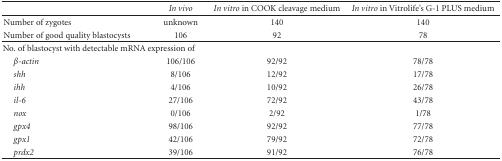
<table><thead><tr><td></td><td><b><i>In vivo</i></b></td><td><b><i>In vitro</i> in COOK cleavage medium</b></td><td><b><i>In vitro</i> in Vitrolife&#x27;s G-1 PLUS medium</b></td></tr></thead><tbody><tr><td>Number of zygotes</td><td>unknown</td><td>140</td><td>140</td></tr><tr><td>Number of good quality blastocysts</td><td>106</td><td>92</td><td>78</td></tr><tr><td colspan="4">No. of blastocyst with detectable mRNA expression of</td></tr><tr><td> <i><i>β</i>-actin</i></td><td>106/106</td><td>92/92</td><td>78/78</td></tr><tr><td><i> shh</i></td><td>8/106</td><td>12/92</td><td>17/78</td></tr><tr><td><i> ihh</i></td><td>4/106</td><td>10/92</td><td>26/78</td></tr><tr><td><i> il-6</i></td><td>27/106</td><td>72/92</td><td>43/78</td></tr><tr><td><i> nox</i></td><td>0/106</td><td>2/92</td><td>1/78</td></tr><tr><td><i> gpx4</i></td><td>98/106</td><td>92/92</td><td>77/78</td></tr><tr><td><i> gpx1</i></td><td>42/106</td><td>79/92</td><td>72/78</td></tr><tr><td><i> prdx2</i></td><td>39/106</td><td>91/92</td><td>76/78</td></tr></tbody></table>